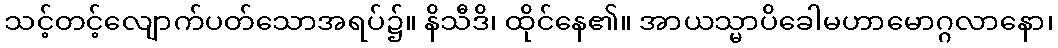
သင့်တင့်လျောက်ပတ်သောအရပ်၌။ နိသီဒိ၊ ထိုင်နေ၏။ အာယသ္မာပိခေါမဟာမောဂ္ဂလာနော၊